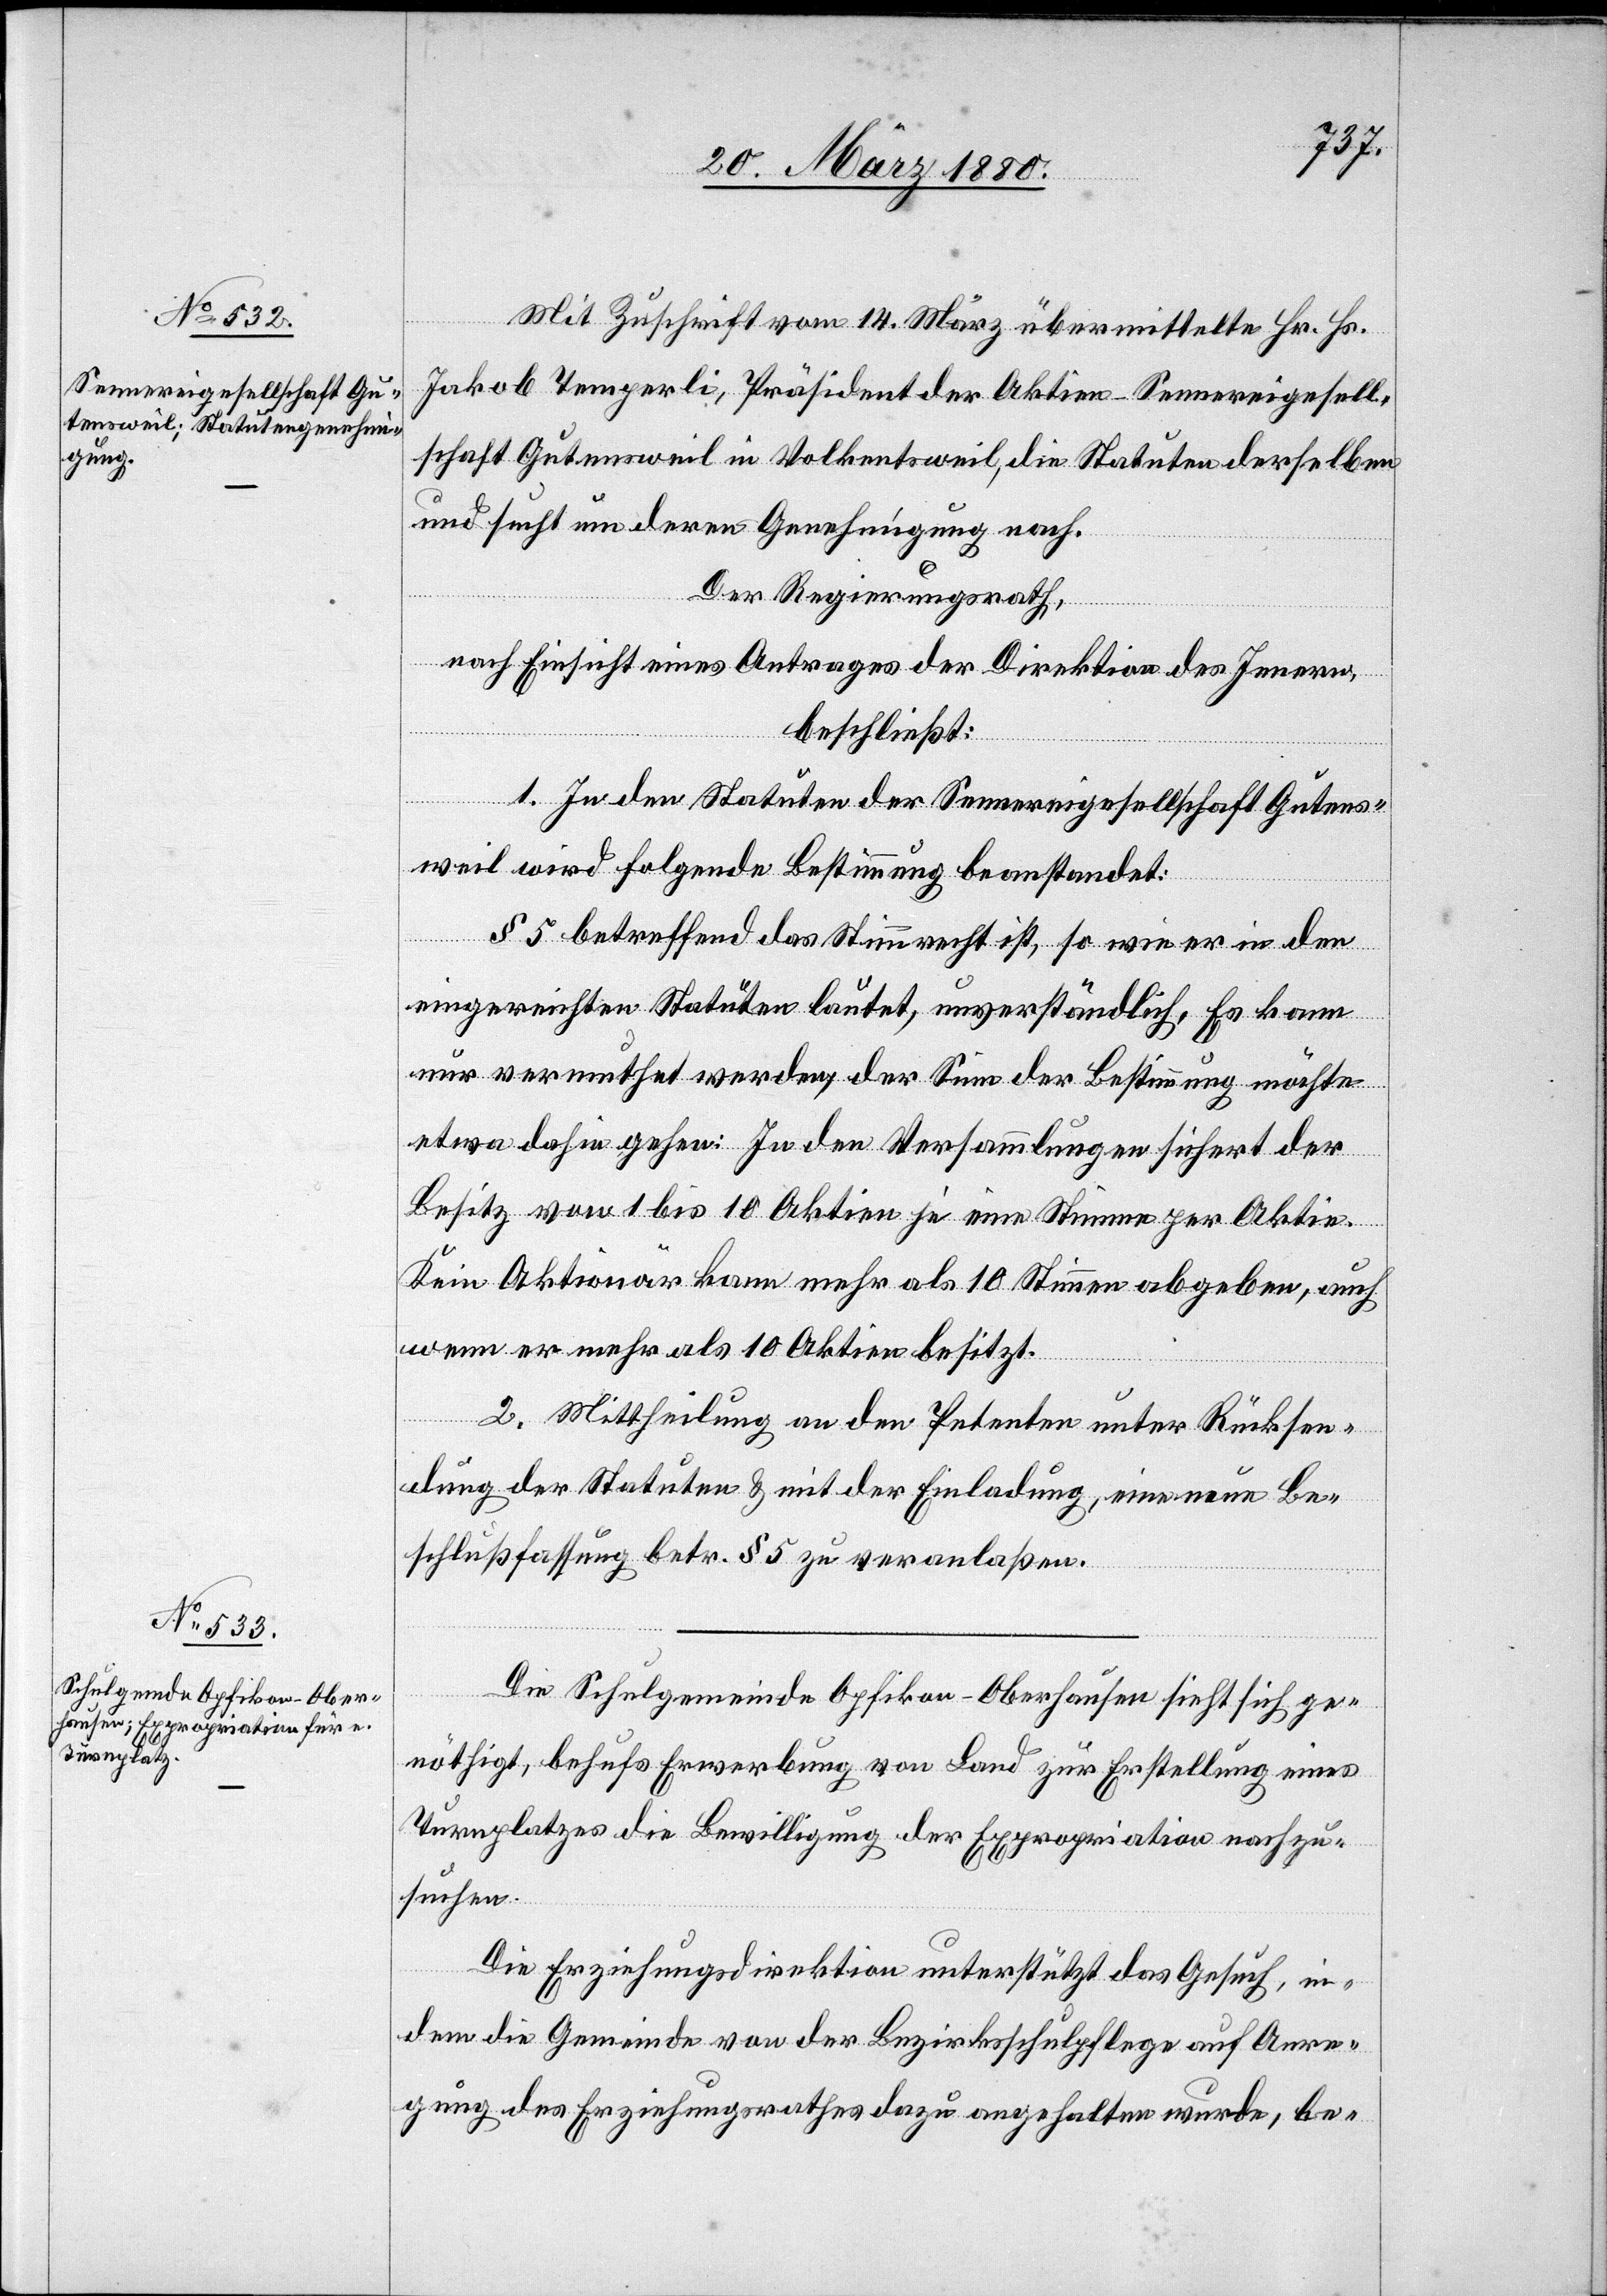
Mit Zuschrift vom 14. März übermittelte Hr. Hs.
Jakob Temperli, Präsident der Aktien-Sennereigesell¬
schaft Gutensweil in Volkentsweil, die Statuten derselben
und such um deren Genehmigung nach.
Der Regierungsrath,
nach Einsicht eines Antrages der Direktion des Innern,
beschließt:
1. In den Statuten der Sennereigesellschaft Gutens¬
weil wird folgende Bestimmung beanstandet:
§ 5 betreffend das Stimmrecht ist, so wie er in den
eingereichten Statuten lautet, unverständlich. Es kann
nur vermuthet werden, der Sinn der Bestimmung möchte
etwa dahin gehen: In den Versammlungen sichert der
Besitz von 1 bis 10 Aktien je eine Stimme per Aktie.
Kein Aktionär kann mehr als 10 Stimmen abgegeben, auch
wenn er mehr als 10 Aktien besitzt.
2. Mittheilung an den Petenten unter Rücksen¬
dung der Statuten & mit der Einladung, eine neue Be¬
schlußfassung betr. § 5 zu veranlassen.
Die Schulgemeinde Opfikon - Oberhausen sieht sich ge¬
nöthigt, behufs Erwerbung von Land zur Erstellung eines
Turnplatzes die Bewilligung der Expropriation nachzu¬
suchen.
Die Erziehungsdirektion unterstützt das Gesuch, in¬
dem die Gemeinde von der Bezirksschulpflege auf Anre¬
gung des Erziehungsrathes dazu angehalten wurde, be-